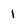
Character: 1